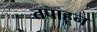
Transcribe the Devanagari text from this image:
तपाहून